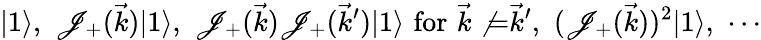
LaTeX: |1\rangle,\, \, \mathscr{J}_{+}(\vec{{k}})|1\rangle,\, \, \mathscr{J}_{+}(\vec{{k}})\mathscr{J}_{+}(\vec{{k}}^{\prime})|1\rangle\, \, \mathrm{{for}}\, \, \vec{{k}}\not{=}\vec{{k}}^{\prime},\, \, (\mathscr{J}_{+}(\vec{{k}}))^{2}|1\rangle,\, \, \cdots